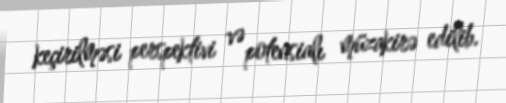
keçirilməsi perspektivi və potensialı müzakirə edilib.